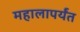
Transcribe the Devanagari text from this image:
महालापर्यंत